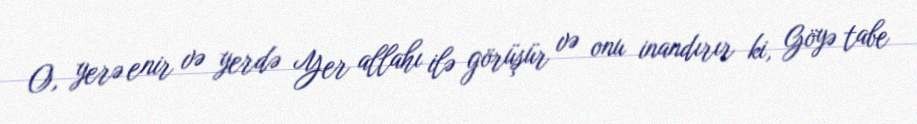
O, yerə enir və yerdə Yer allahı ilə görüşür və onu inandırır ki, Göyə tabe